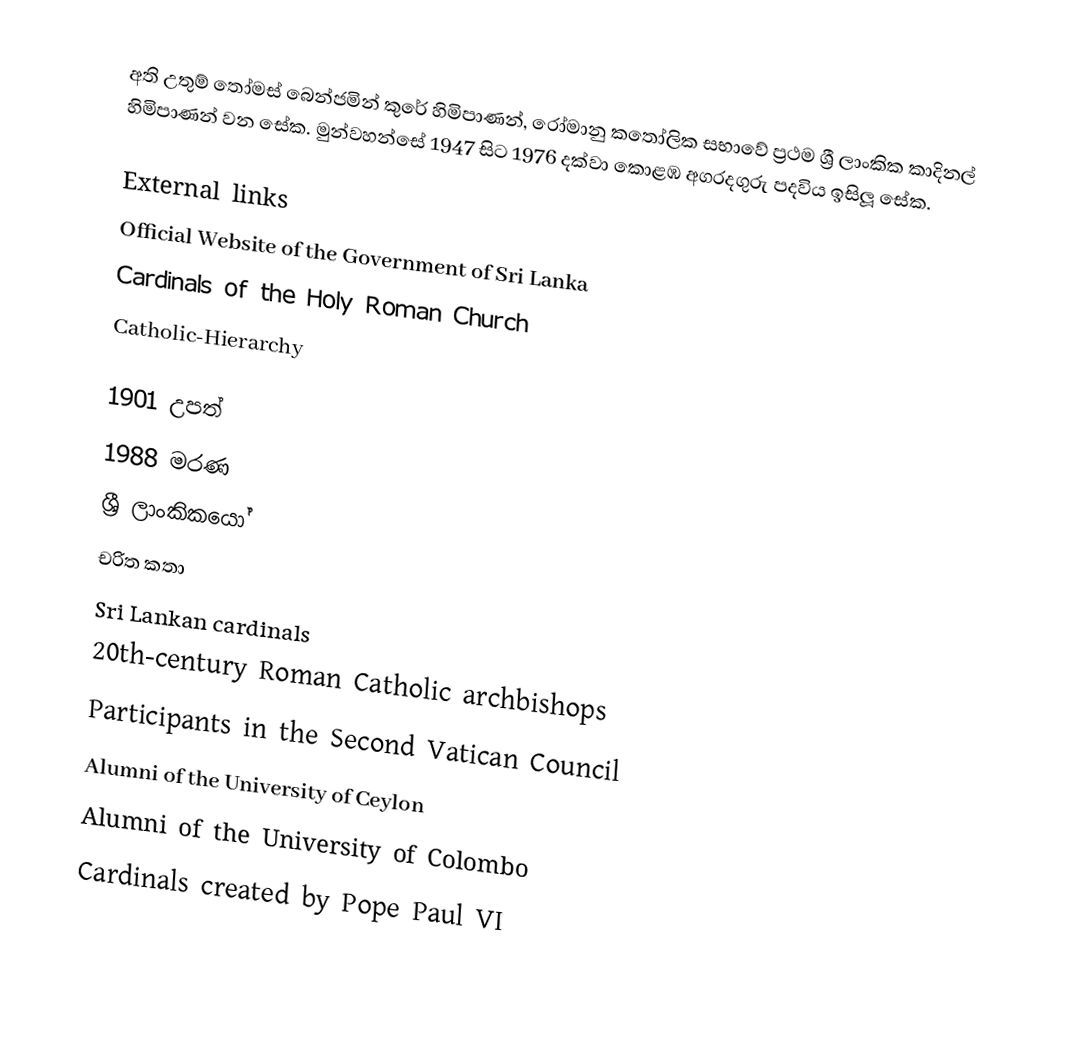
අති උතුම් තෝමස් බෙන්ජමින් කුරේ හිමිපාණන්,  රෝමානු කතෝලික සභාවේ ප්‍රථම ශ්‍රී ලාංකික කාදිනල් හිමිපාණන් වන සේක. මුන්වහන්සේ 1947 සිට 1976 දක්වා කොළඹ අගරදගුරු පදවිය ඉසිලූ සේක.

External links
 Official Website of the Government of Sri Lanka
 Cardinals of the Holy Roman Church
 Catholic-Hierarchy

1901 උපත්
1988 මරණ
ශ්‍රී ලාංකිකයෝ
චරිත කතා
Sri Lankan cardinals
20th-century Roman Catholic archbishops
Participants in the Second Vatican Council
Alumni of the University of Ceylon
Alumni of the University of Colombo
Cardinals created by Pope Paul VI